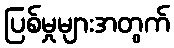
ပြစ်မှုများအတွက်